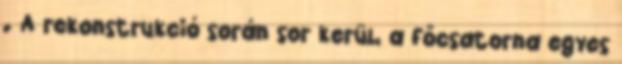
. A rekonstrukció során sor kerül, a főcsatorna egyes